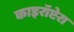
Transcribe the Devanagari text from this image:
काइरॉप्टेरा